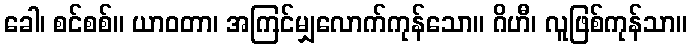
ခေါ၊ စင်စစ်။ ယာဝတာ၊ အကြင်မျှလောက်ကုန်သော။ ဂိဟီ၊ လူဖြစ်ကုန်သာ။